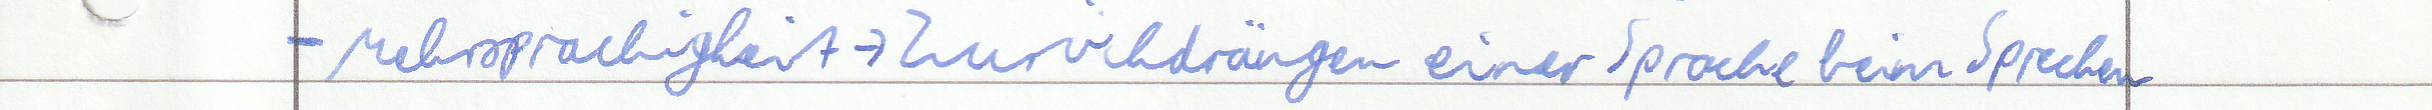
- Mehrsprachigkeit -> Zurückdrängen einer Sprache beim Sprechen